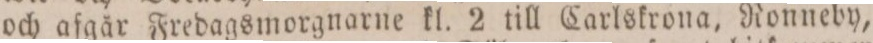
och afgår Fredagsmorgnarne kl. 2 till Carlskrona, Ronneby,